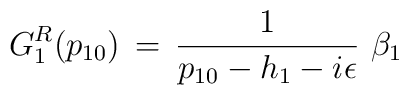
G^R_1(p_{10})\,=\,{1\over p_{10}-h_1-i\epsilon}\,\,\beta_1